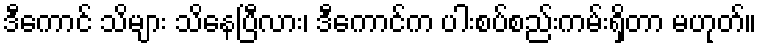
ဒီကောင် သိများ သိနေပြီလား၊ ဒီကောင်က ပါးစပ်စည်းကမ်းရှိတာ မဟုတ်။